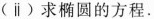
(ⅱ)求椭圆的方程。